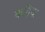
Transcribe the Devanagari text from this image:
कढ़िया